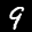
Label: 9